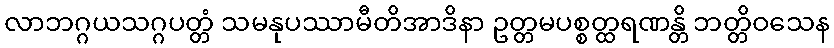
လာဘဂ္ဂယသဂ္ဂပတ္တံ သမနုပဿာမီတိအာဒိနာ ဥတ္တမပစ္စတ္ထရဏန္တိ ဘတ္တိဝသေန